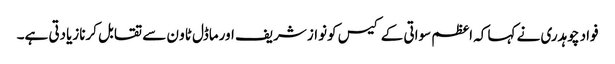
فواد چوہدری نے کہا کہ اعظم سواتی کے کیس کونواز شریف اورماڈل ٹاو ن سے تقابل کرنازیادتی ہے۔